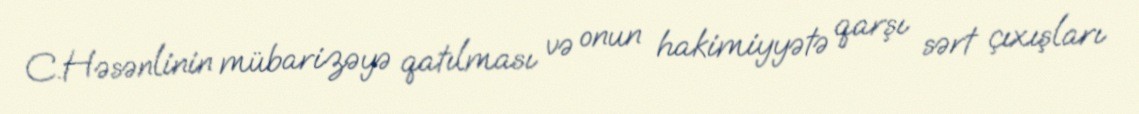
C.Həsənlinin mübarizəyə qatılması və onun hakimiyyətə qarşı sərt çıxışları